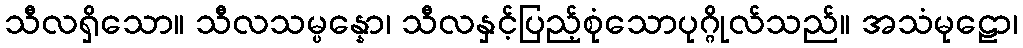
သီလရှိသော။ သီလသမ္ပန္နော၊ သီလနှင့်ပြည့်စုံသောပုဂ္ဂိုလ်သည်။ အသံမုဠော၊